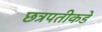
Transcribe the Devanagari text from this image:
छत्रपतीकडे